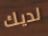
لديك